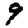
Digit: 9